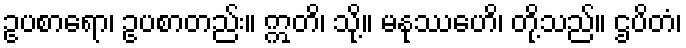
ဥပစာရော၊ ဥပစာတည်း။ ဣတိ၊ သို့။ မနုဿေဟိ၊ တို့သည်။ ဌပိတံ၊